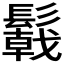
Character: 𩯋